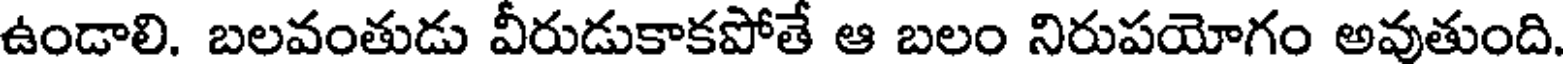
ఉండాలి. బలవంతుడు వీరుడుకాకపోతే ఆ బలం నిరుపయోగం అవుతుంది